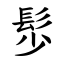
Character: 䯯